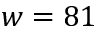
w = 8 1